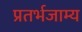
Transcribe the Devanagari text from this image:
प्रतर्भजाम्य